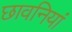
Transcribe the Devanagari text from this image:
छावनियां